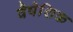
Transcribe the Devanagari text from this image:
वैषेशिक